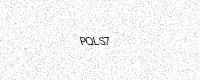
Text: PQLS7